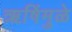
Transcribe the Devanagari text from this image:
ऋषिंमुळे